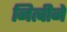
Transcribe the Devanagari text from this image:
नित्चीने